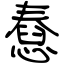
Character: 憃